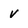
Character: v